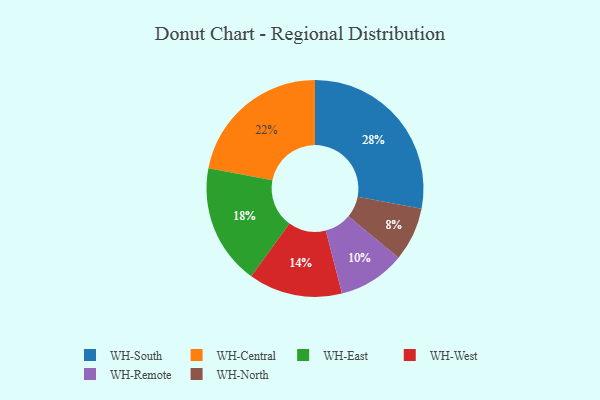
{"axis": {"x": "Category", "y": "Percentage"}, "legend": ["WH-Central", "WH-East", "WH-North", "WH-Remote", "WH-South", "WH-West"], "data": [{"x": "WH-North", "y": 8, "type": "WH-North"}, {"x": "WH-West", "y": 14, "type": "WH-West"}, {"x": "WH-Remote", "y": 10, "type": "WH-Remote"}, {"x": "WH-East", "y": 18, "type": "WH-East"}, {"x": "WH-South", "y": 28, "type": "WH-South"}, {"x": "WH-Central", "y": 22, "type": "WH-Central"}]}